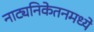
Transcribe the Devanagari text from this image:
नाट्यनिकेतनमध्ये